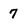
Character: 7